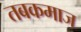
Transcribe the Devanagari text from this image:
तबकमाज